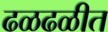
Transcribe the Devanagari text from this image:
ढळढळीत